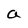
Character: a